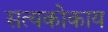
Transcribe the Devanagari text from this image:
सत्यकोकाय